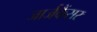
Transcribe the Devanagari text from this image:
जार्जकैंसर